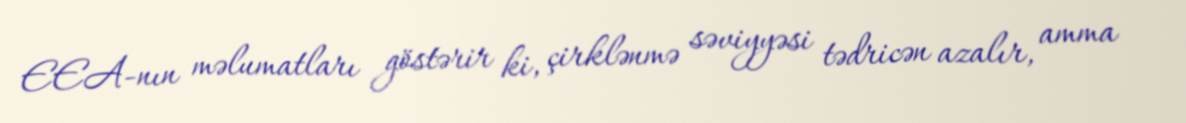
EEA-nın məlumatları göstərir ki, çirklənmə səviyyəsi tədricən azalır, amma